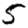
Digit: 5